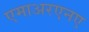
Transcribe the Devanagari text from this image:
एमाअरएनए